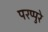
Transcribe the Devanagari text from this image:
परप्पुरे